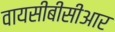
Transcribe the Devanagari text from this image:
वायसीबीसीआर